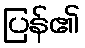
ပြန်၏